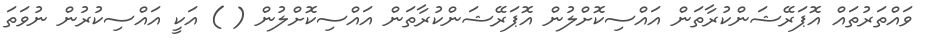
ވައްތަރުތައް އޮޕަރޭޝަންކުރާތަން އައްސިކޮށްލުން އޮޕަރޭޝަންކުރާތަން އައްސިކޮށްލުން ( ) އަކީ އައްސިކުރުން ނުވަތަ